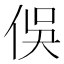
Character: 俁